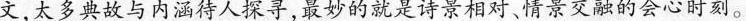
文，太多典故与内涵待人探寻,最妙的就是诗景相对、情景交融的会心时刻。